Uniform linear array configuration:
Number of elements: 48
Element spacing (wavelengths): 0.25
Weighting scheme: hann
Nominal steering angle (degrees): -15
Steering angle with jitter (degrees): -16.278
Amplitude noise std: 0.05
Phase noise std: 0.05

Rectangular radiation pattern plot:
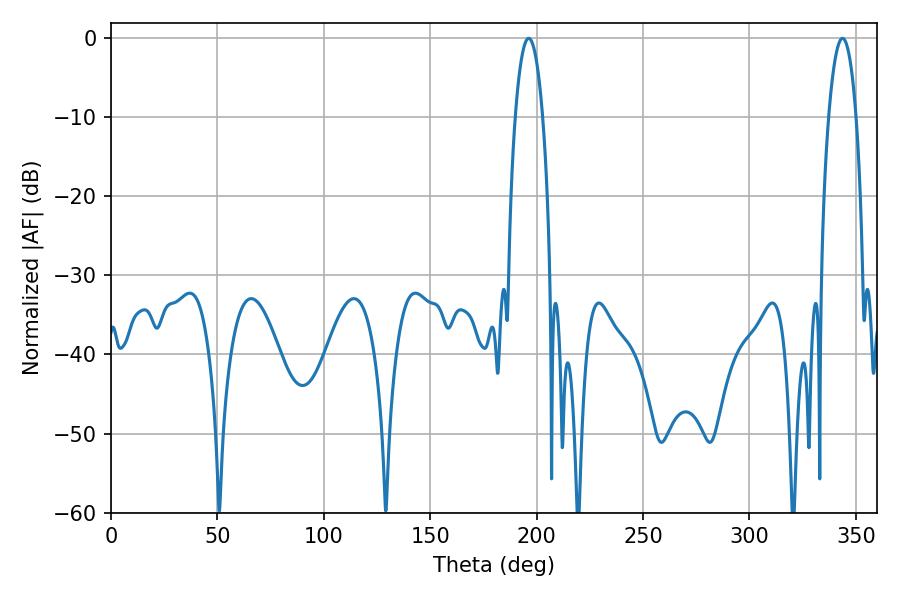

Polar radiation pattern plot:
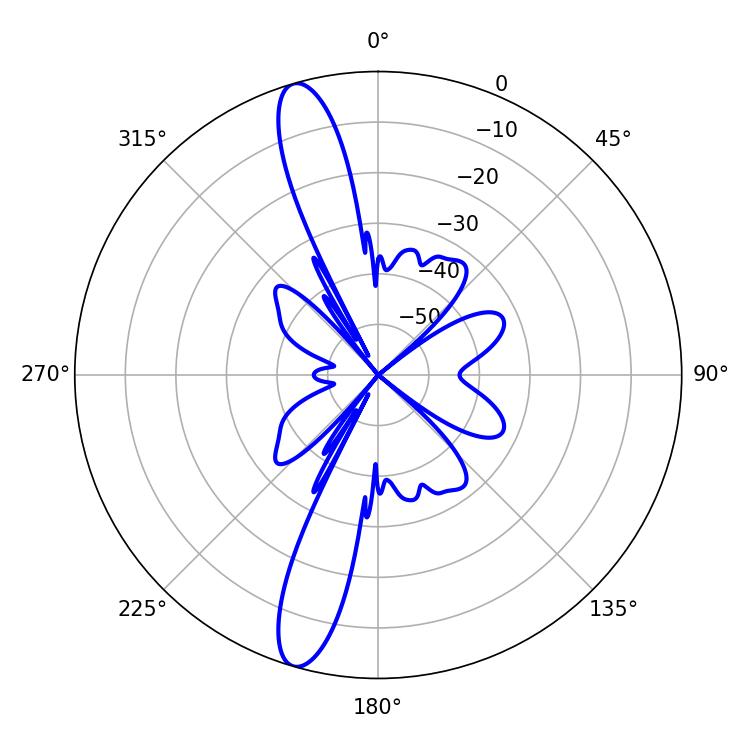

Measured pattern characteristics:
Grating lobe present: FALSE
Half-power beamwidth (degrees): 7.2
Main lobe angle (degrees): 196.2